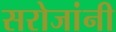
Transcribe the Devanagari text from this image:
सरोजांनी